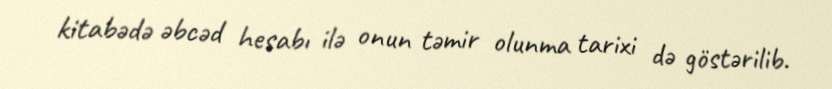
kitabədə əbcəd hesabı ilə onun təmir olunma tarixi də göstərilib.